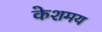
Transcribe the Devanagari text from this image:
केशमय